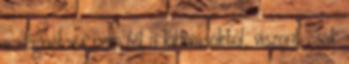
a cégnél, és nem fél a kihívásoktól, viszont csak